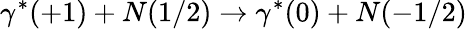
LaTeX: \gamma^{*}(+1)+N(1/2)\rightarrow\gamma^{*}(0)+N(-1/2)